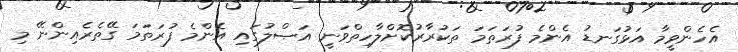
އެހެންވީމާ އަޅުގަނޑު އެންމެ ފުރަތަމަ ތަކުރާރުކޮށްލާހިތްވަނީ އަޞްލުގައި އެންމެ ފުރަތަމަ ގޭތެރެއިންނޭ މި